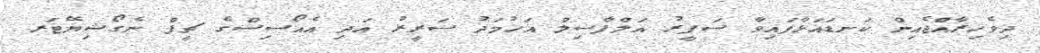
ދިވެހިރާއްޖެއިން ކަނޑައަޅާފައިވާ ސަފީރު އަލްފާޟިލް އަހުމަދު ސަރީރު އަދި އެއޯސިސްގެ ޗީފް ނެގޯޝިޔޭޓަރ